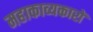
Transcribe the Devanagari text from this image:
महाकाव्यकारों